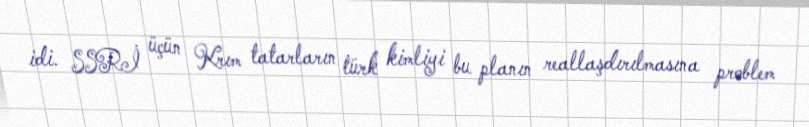
idi. SSRİ üçün Krım tatarların türk kimliyi bu planın reallaşdırılmasına problem